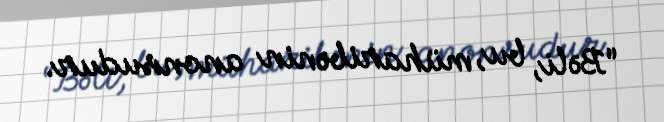
“Bəli, bu, müharibənin anonsudur.